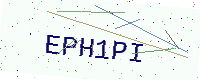
Text: EPH1PI